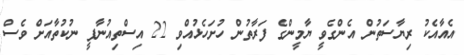
އެއާއެކު ރިޔާސަތުން އެންގެވީ ޔާމީންގެ ފަރާތުން ހުށަހެޅުއްވި 22 އިސްތިއުނާފީ ނުކުތާއަށް ވެސް